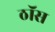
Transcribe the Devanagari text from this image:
ठॉस